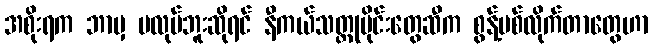
အစိုးရက ဘာမှ မလုပ်ဘူးဆိုရင် နီကယ်သတ္တုမိုင်းတွေဆီက စွန့်ပစ်လိုက်တာတွေဟာ